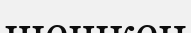
шешкен